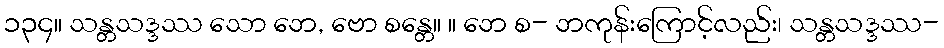
၁၃၄။ သန္တသဒ္ဒဿ သော ဘေ, ဗော စန္တေ။ ။ ဘေ စ- ဘကုန်းကြောင့်လည်း၊ သန္တသဒ္ဒဿ-